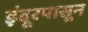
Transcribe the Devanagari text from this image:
इंदूरपासून